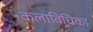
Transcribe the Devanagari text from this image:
कलाविधिका